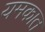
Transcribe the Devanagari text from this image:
यमकात